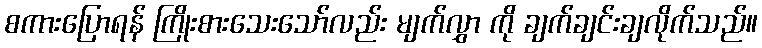
စကားပြောရန် ကြိုးစားသေးသော်လည်း မျက်လွှာ ကို ချက်ချင်းချလိုက်သည်။